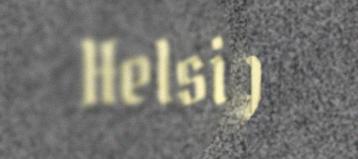
Helsig